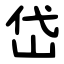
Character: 岱